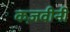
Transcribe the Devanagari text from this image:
कज़वीनी